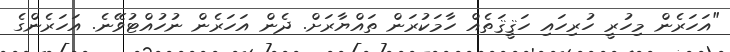
"އަހަރެން މިހުރީ ހުރިހައި ހަޤީޤަތެއް ހާމަކުރަން ތައްޔާރަށް. ދެން އަހަރެން ނުހުއްޓުވޭނެ. އަހަރެންގެ